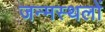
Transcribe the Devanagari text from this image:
जन्मस्थलों